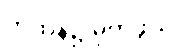
ကထိန်၌ မှတ်ဖွယ်